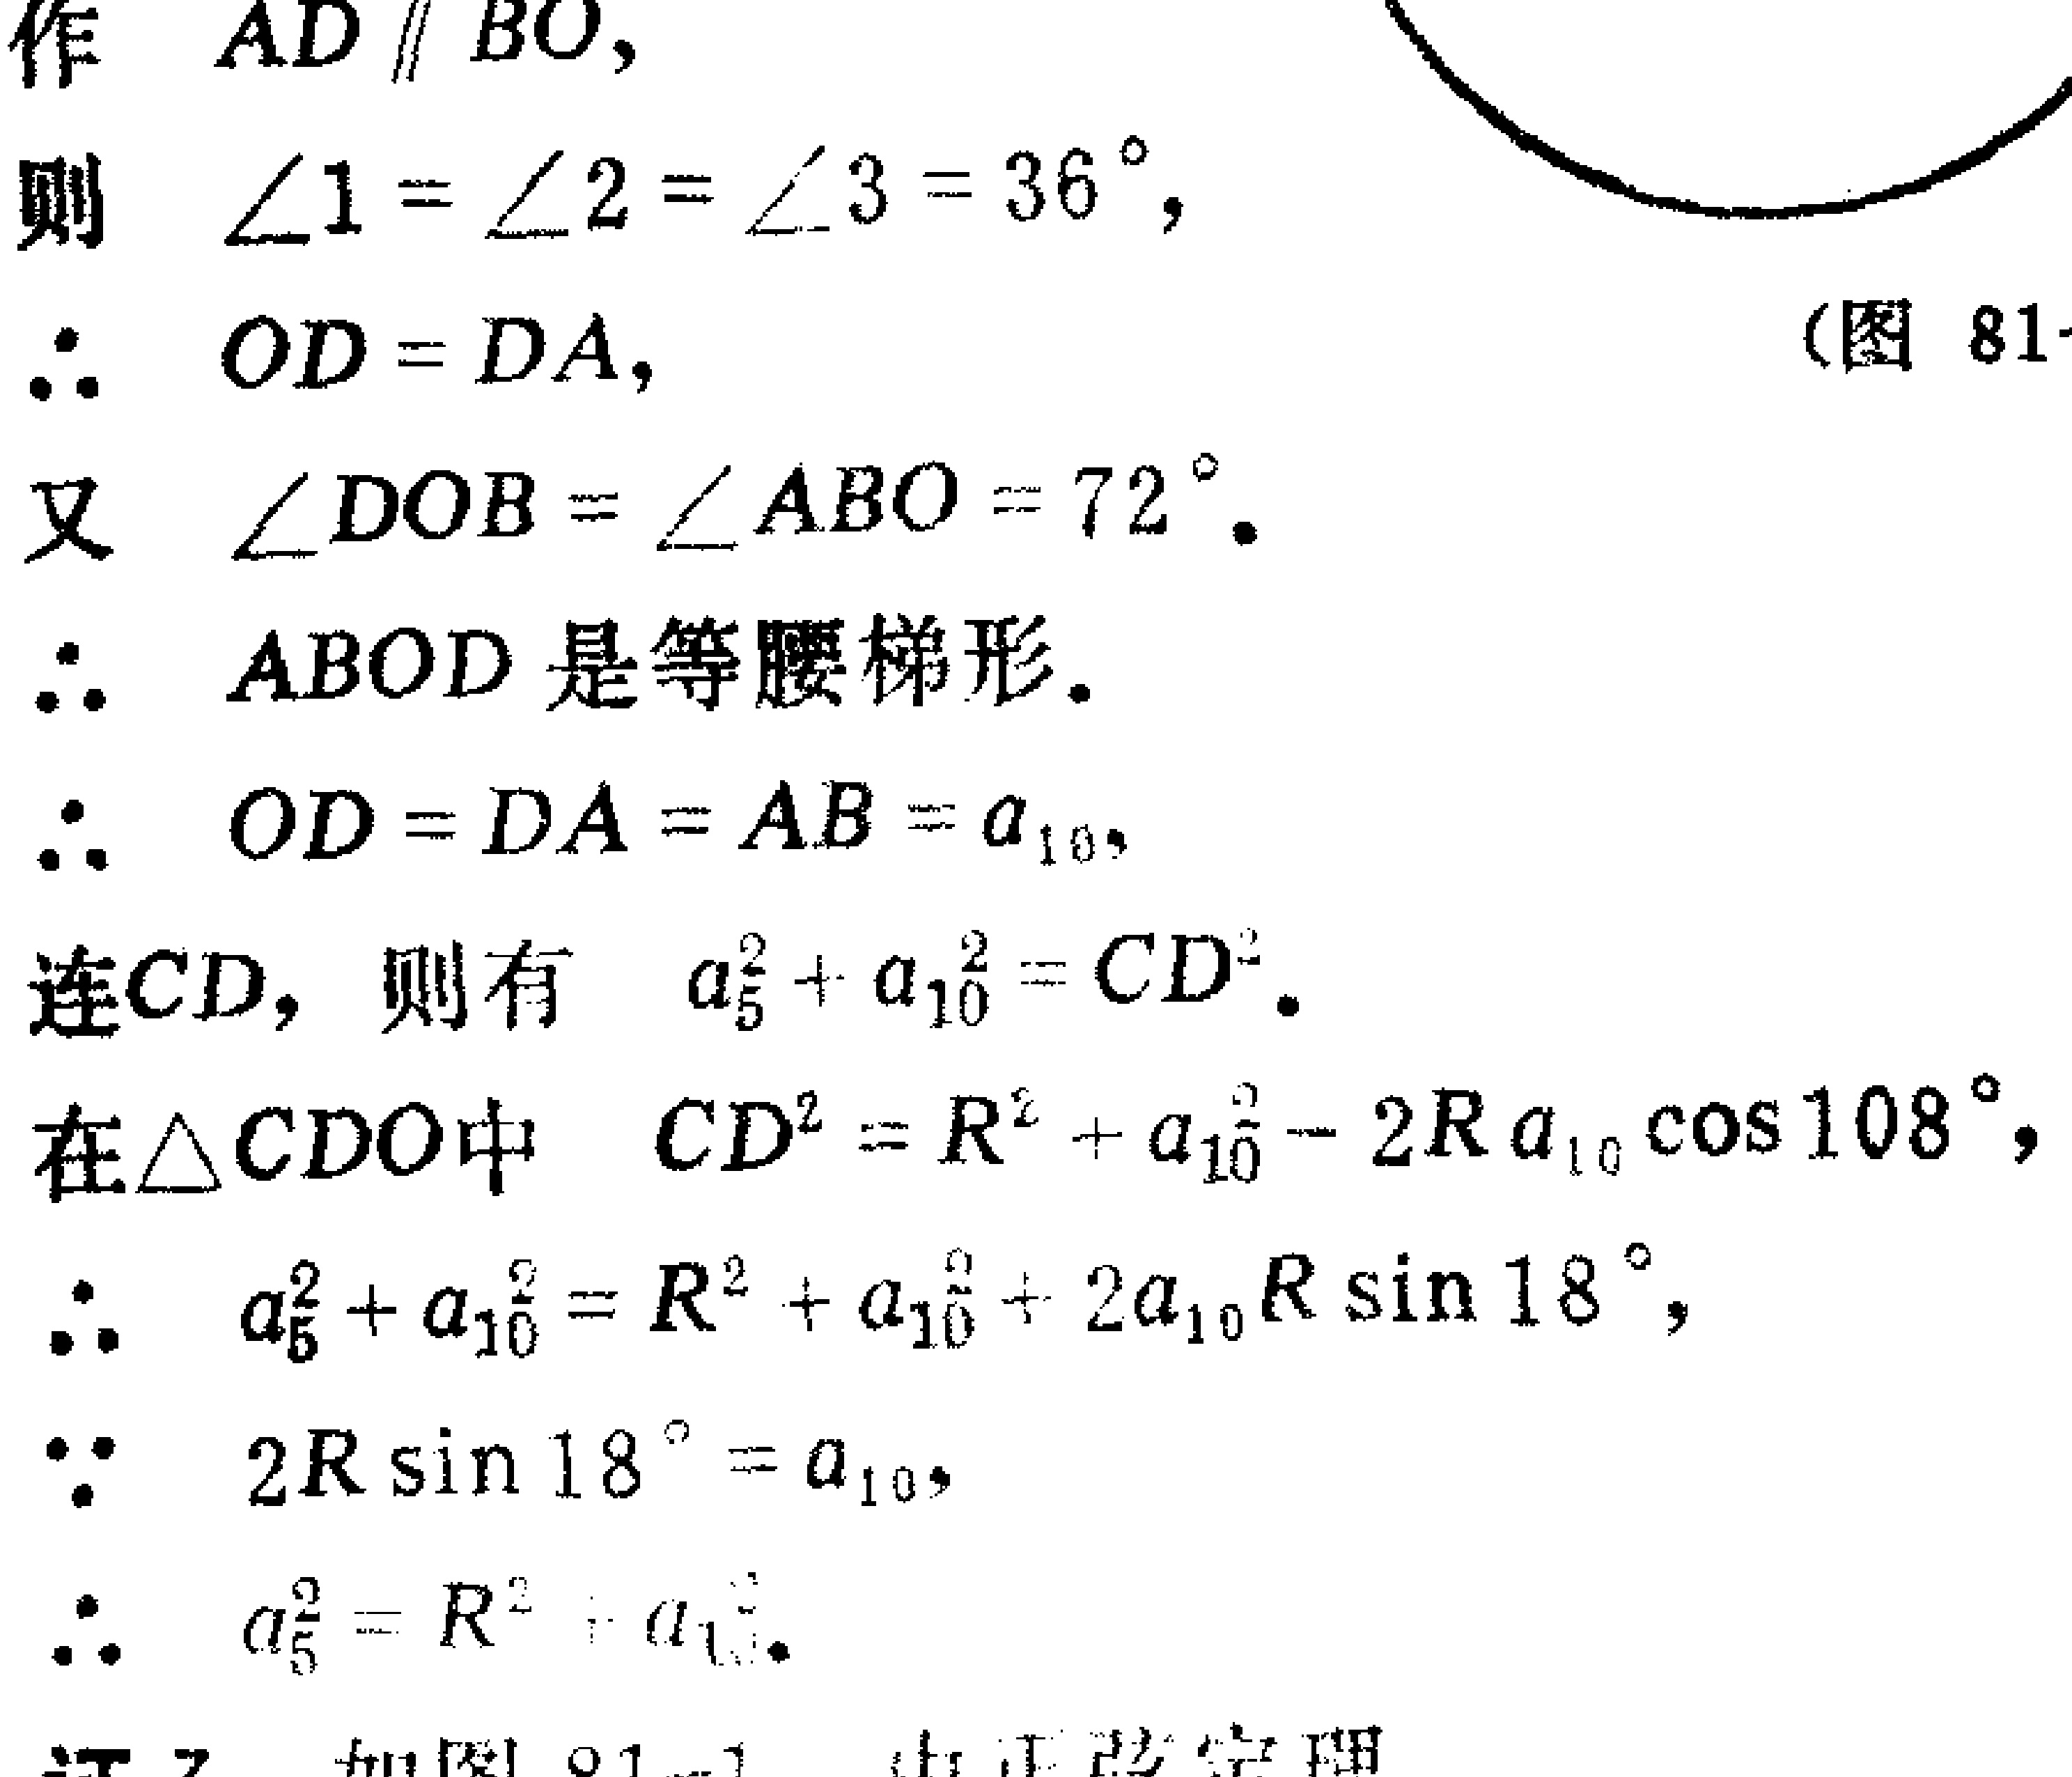
作 \(AD \parallel BO\)，
则 \(\angle1 = \angle2 = \angle3 = 36^{\circ}\)，
\(\therefore OD = DA\)， （图 81-）
又 \(\angle DOB = \angle ABO = 72^{\circ}\)．
\(\therefore ABOD\) 是等腰梯形．
\(\therefore OD = DA = AB = a_{10}\)，
连 \(CD\)，则有 \(a_{5}^{2} + a_{10}^{2} = CD^{2}\)．
在 \(\triangle CDO\) 中 \(CD^{2} = R^{2} + a_{10}^{2} - 2R a_{10} \cos 108^{\circ}\)，
\(\therefore a_{5}^{2} + a_{10}^{2} = R^{2} + a_{10}^{2} + 2a_{10}R \sin 18^{\circ}\)，
\(\because 2R \sin 18^{\circ} = a_{10}\)，
\(\therefore a_{5}^{2} = R^{2}+ a_{10}^{2}\)．
证 如图 81-1 由正弦定理